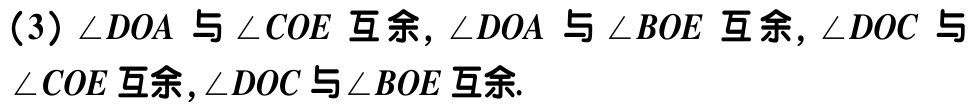
(3) $\angle DOA$ 与 $\angle COE$ 互余, $\angle DOA$ 与 $\angle BOE$ 互余, $\angle DOC$ 与 $\angle COE$ 互余, $\angle DOC$ 与 $\angle BOE$ 互余.